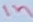
Text: in